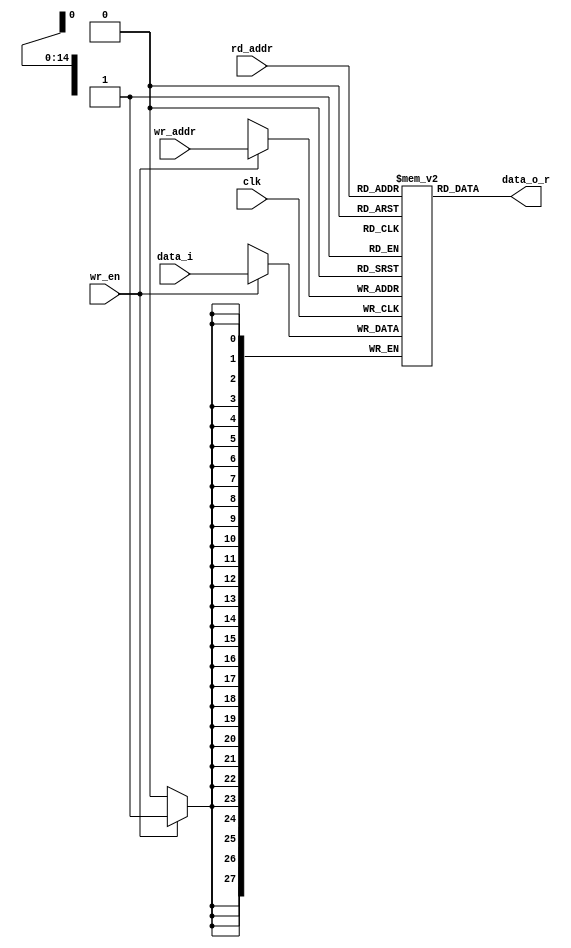
`timescale 1ns / 1ps
//////////////////////////////////////////////////////////////////////////////////
// Company: 
// Engineer: 
// 
// Design Name: 
// Module Name: simple_dual_port_no_rden
// Project Name: 
// Target Devices: 
// Tool Versions: 
// Description: 
// 
// Dependencies: 
// 
// Revision:
// Revision 0.01 - File Created
// Additional Comments:
// 
//////////////////////////////////////////////////////////////////////////////////


module simple_dual_port_no_rden
#(
  parameter ADDR_WIDTH = 15,
  parameter DATA_WIDTH = 28 //7bit*4
) (
  input  wire clk,
  input  wire wr_en,
  input  wire [ADDR_WIDTH-1:0] wr_addr,
  input  wire [DATA_WIDTH-1:0] data_i,
  input  wire [ADDR_WIDTH-1:0] rd_addr,
  output wire [DATA_WIDTH-1:0] data_o_r
);
  
  // signal declaration
  reg [DATA_WIDTH-1:0] ram [2**ADDR_WIDTH-1:0];
  
  // body
  always @(posedge clk) 
  begin
    if(wr_en) //write operation
      ram[wr_addr] <= data_i;
  end
  assign data_o_r = ram[rd_addr];
endmodule